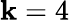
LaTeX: \mathbf{k}=4